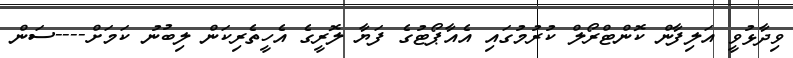
ވިދާޅުވީ އަލިފާން ކޮންޓްރޯލް ކުރުމުގައި އެއާޕޯޓުގެ ފަޔާ ލޮރީގެ އެހީތެރިކަން ލިބުނު ކަމަށް----ސަން